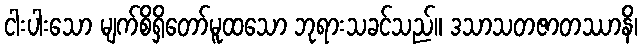
ငါးပါးသော မျက်စိရှိတော်မူထသော ဘုရားသခင်သည်။ ဒသာသတဇာတဿာနိ၊